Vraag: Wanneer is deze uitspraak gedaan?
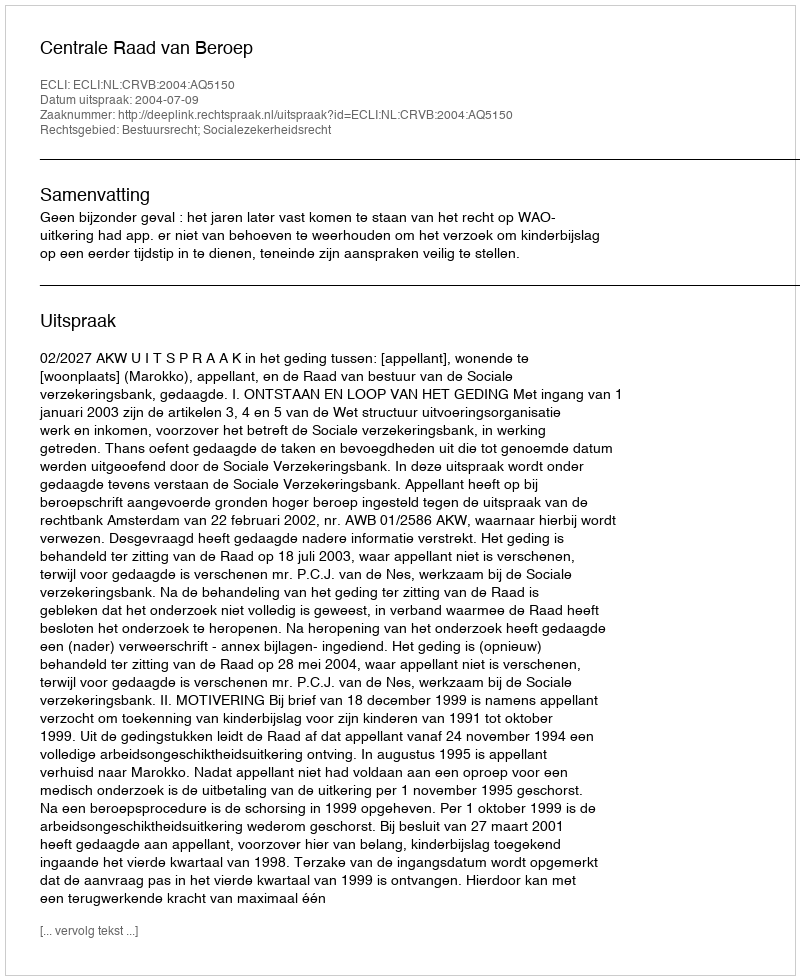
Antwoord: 2004-07-09